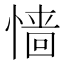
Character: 𢠁